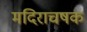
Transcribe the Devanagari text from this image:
मदिराचषक